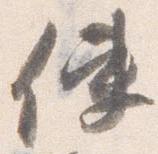
使